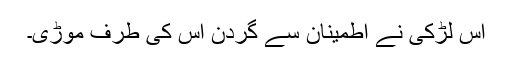
اس لڑکی نے اطمینان سے گردن اس کی طرف موڑی۔